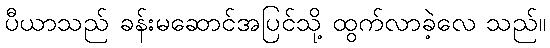
ပီယာသည် ခန်းမဆောင်အပြင်သို့ ထွက်လာခဲ့လေ သည်။